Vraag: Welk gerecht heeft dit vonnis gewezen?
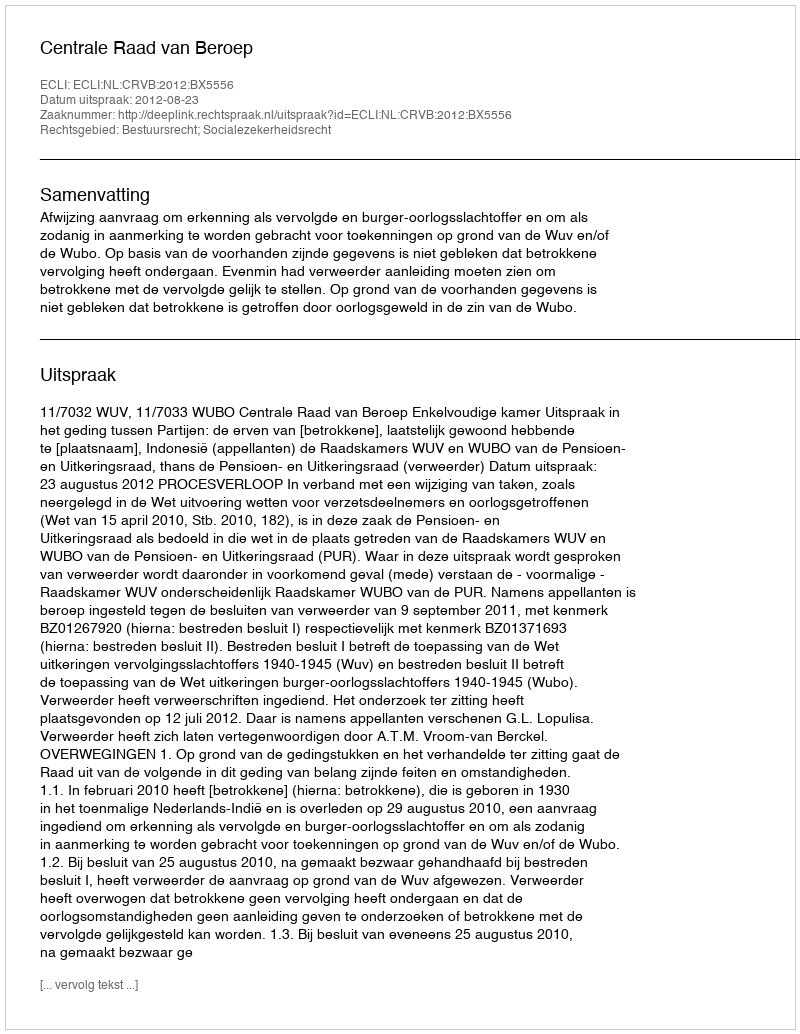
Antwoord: Centrale Raad van Beroep